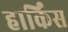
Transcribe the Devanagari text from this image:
हार्किंस